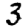
Digit: 3